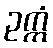
ဥက္ကံ